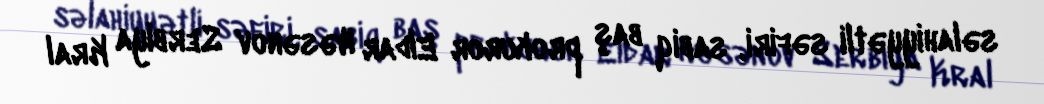
səlahiyyətli səfiri, sabiq baş prokuror Eldar Həsənov Serbiya Kral